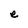
Character: e